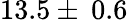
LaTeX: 13.5\pm\: 0.6